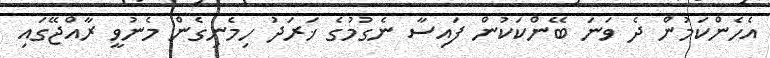
އެހެންކަމުން ދެ ވަނަ ބޭންކަކުން ފައިސާ ނެގުމުގެ ޚަރަދު ހިމެނިގެން މެނުވީ ރާއްޖޭގައި